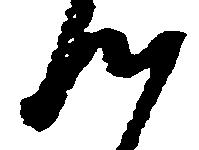
つ